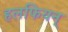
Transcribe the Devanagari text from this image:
हलफियन्